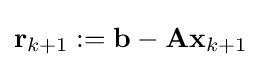
\mathbf {r} _{k+1}:=\mathbf {b} -\mathbf {Ax} _{k+1}